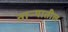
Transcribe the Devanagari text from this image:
ताऱ्यातील